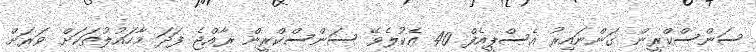
ސަންސްކްރީން ގަންނައިރު އެސްޕީއެފް 40 އެކުލެވޭ ސަންސްކްރީން ރާއްޖެ ފަދަ މާހައުލުތަކަށް ވަރަށް